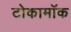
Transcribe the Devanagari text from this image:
टोकामॉक